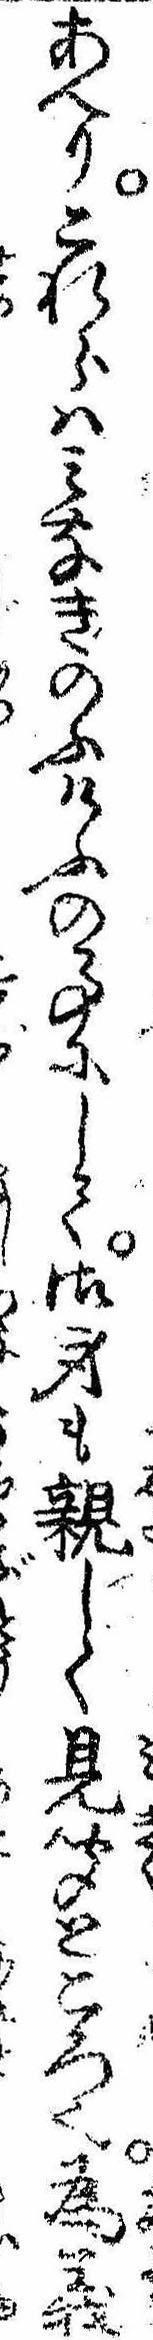
あへりこれらはみなきのふけふの事にして御身も親しく見聞ところ也為義